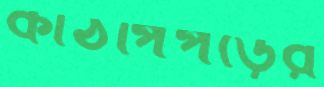
কাঠপিঁপড়ের